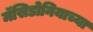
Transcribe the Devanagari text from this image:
मॅसिडोनियाच्या